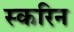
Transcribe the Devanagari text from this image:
स्करिन